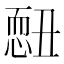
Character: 𢟄